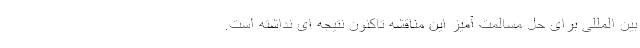
بین المللی برای حل مسالمت آمیز این مناقشه تاکنون نتیجه ای نداشته است.